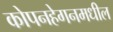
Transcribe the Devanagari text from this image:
कोपनहेगनमधील